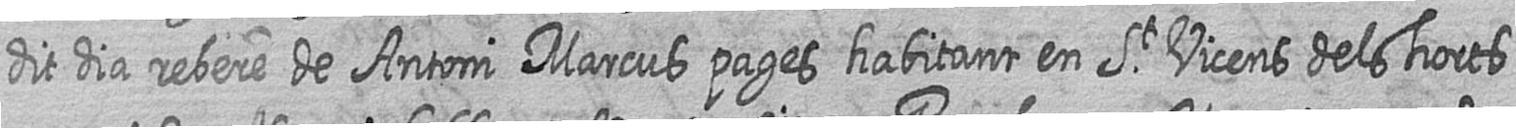
dit dia rebere de Antoni Marcus pages habitant en St Vicens dels horts